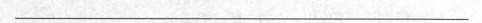
___